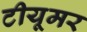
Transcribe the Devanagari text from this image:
टीयूमर